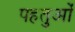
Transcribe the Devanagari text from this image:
पहतुओं